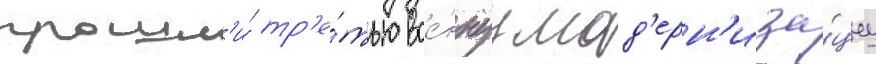
прошл'и́ тр'е́тью вое́ннуу мод'ерн'иза́циу